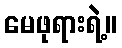
မေဖုရားရဲ့။